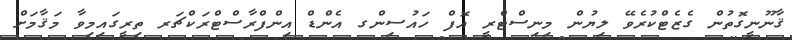
ޤާނޫނީގޮތުން ގެޒެޓްކުރެވޭ ލިޔުން މިނިސްޓްރީ އޮފް ހައުސިންގ އެންޑް އިންފްރާސްޓްރަކްޗަރ ތިރީގައިމިވާ މަޤާމަށް